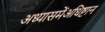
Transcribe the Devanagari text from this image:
अध्यासमेंअधिष्टान